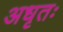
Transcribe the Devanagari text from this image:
अधृतः